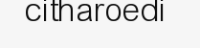
citharoedi